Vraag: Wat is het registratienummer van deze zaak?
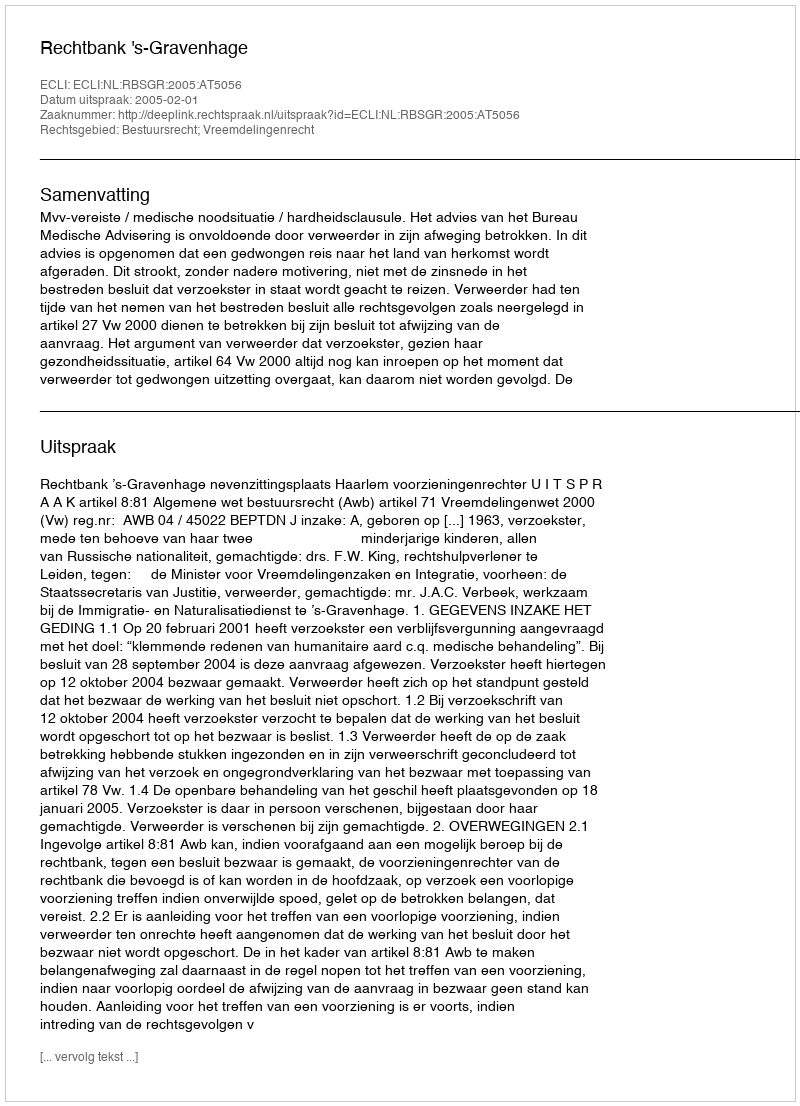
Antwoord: http://deeplink.rechtspraak.nl/uitspraak?id=ECLI:NL:RBSGR:2005:AT5056